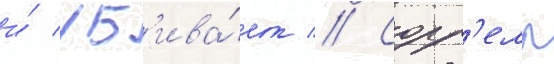
и́ уб'ива́ет // Сорр'елл